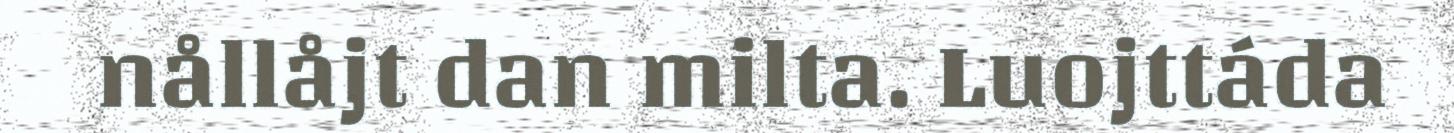
nållåjt dan milta. Luojttáda